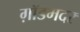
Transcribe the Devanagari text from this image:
ग़ॉडमदर